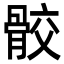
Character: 骹